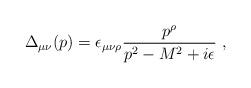
LaTeX: \begin{align*}\Delta_{\mu\nu}(p)= \epsilon_{\mu\nu\rho} \frac{p^\rho}{p^2-M^2+i\epsilon}\,\, ,\end{align*}